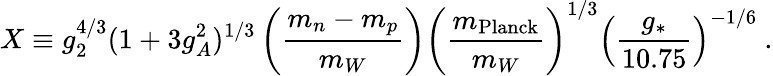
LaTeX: X\equiv g_{2}^{4/3}(1+3g_{A}^{2})^{1/3}\left({\frac{m_{n}-m_{p}}{m_{W}}}\right)\left({\frac{m_{\mathrm{Planck}}}{m_{W}}}\right)^{1/3}\left({\frac{g_{*}}{10.75}}\right)^{-1/6}\ .